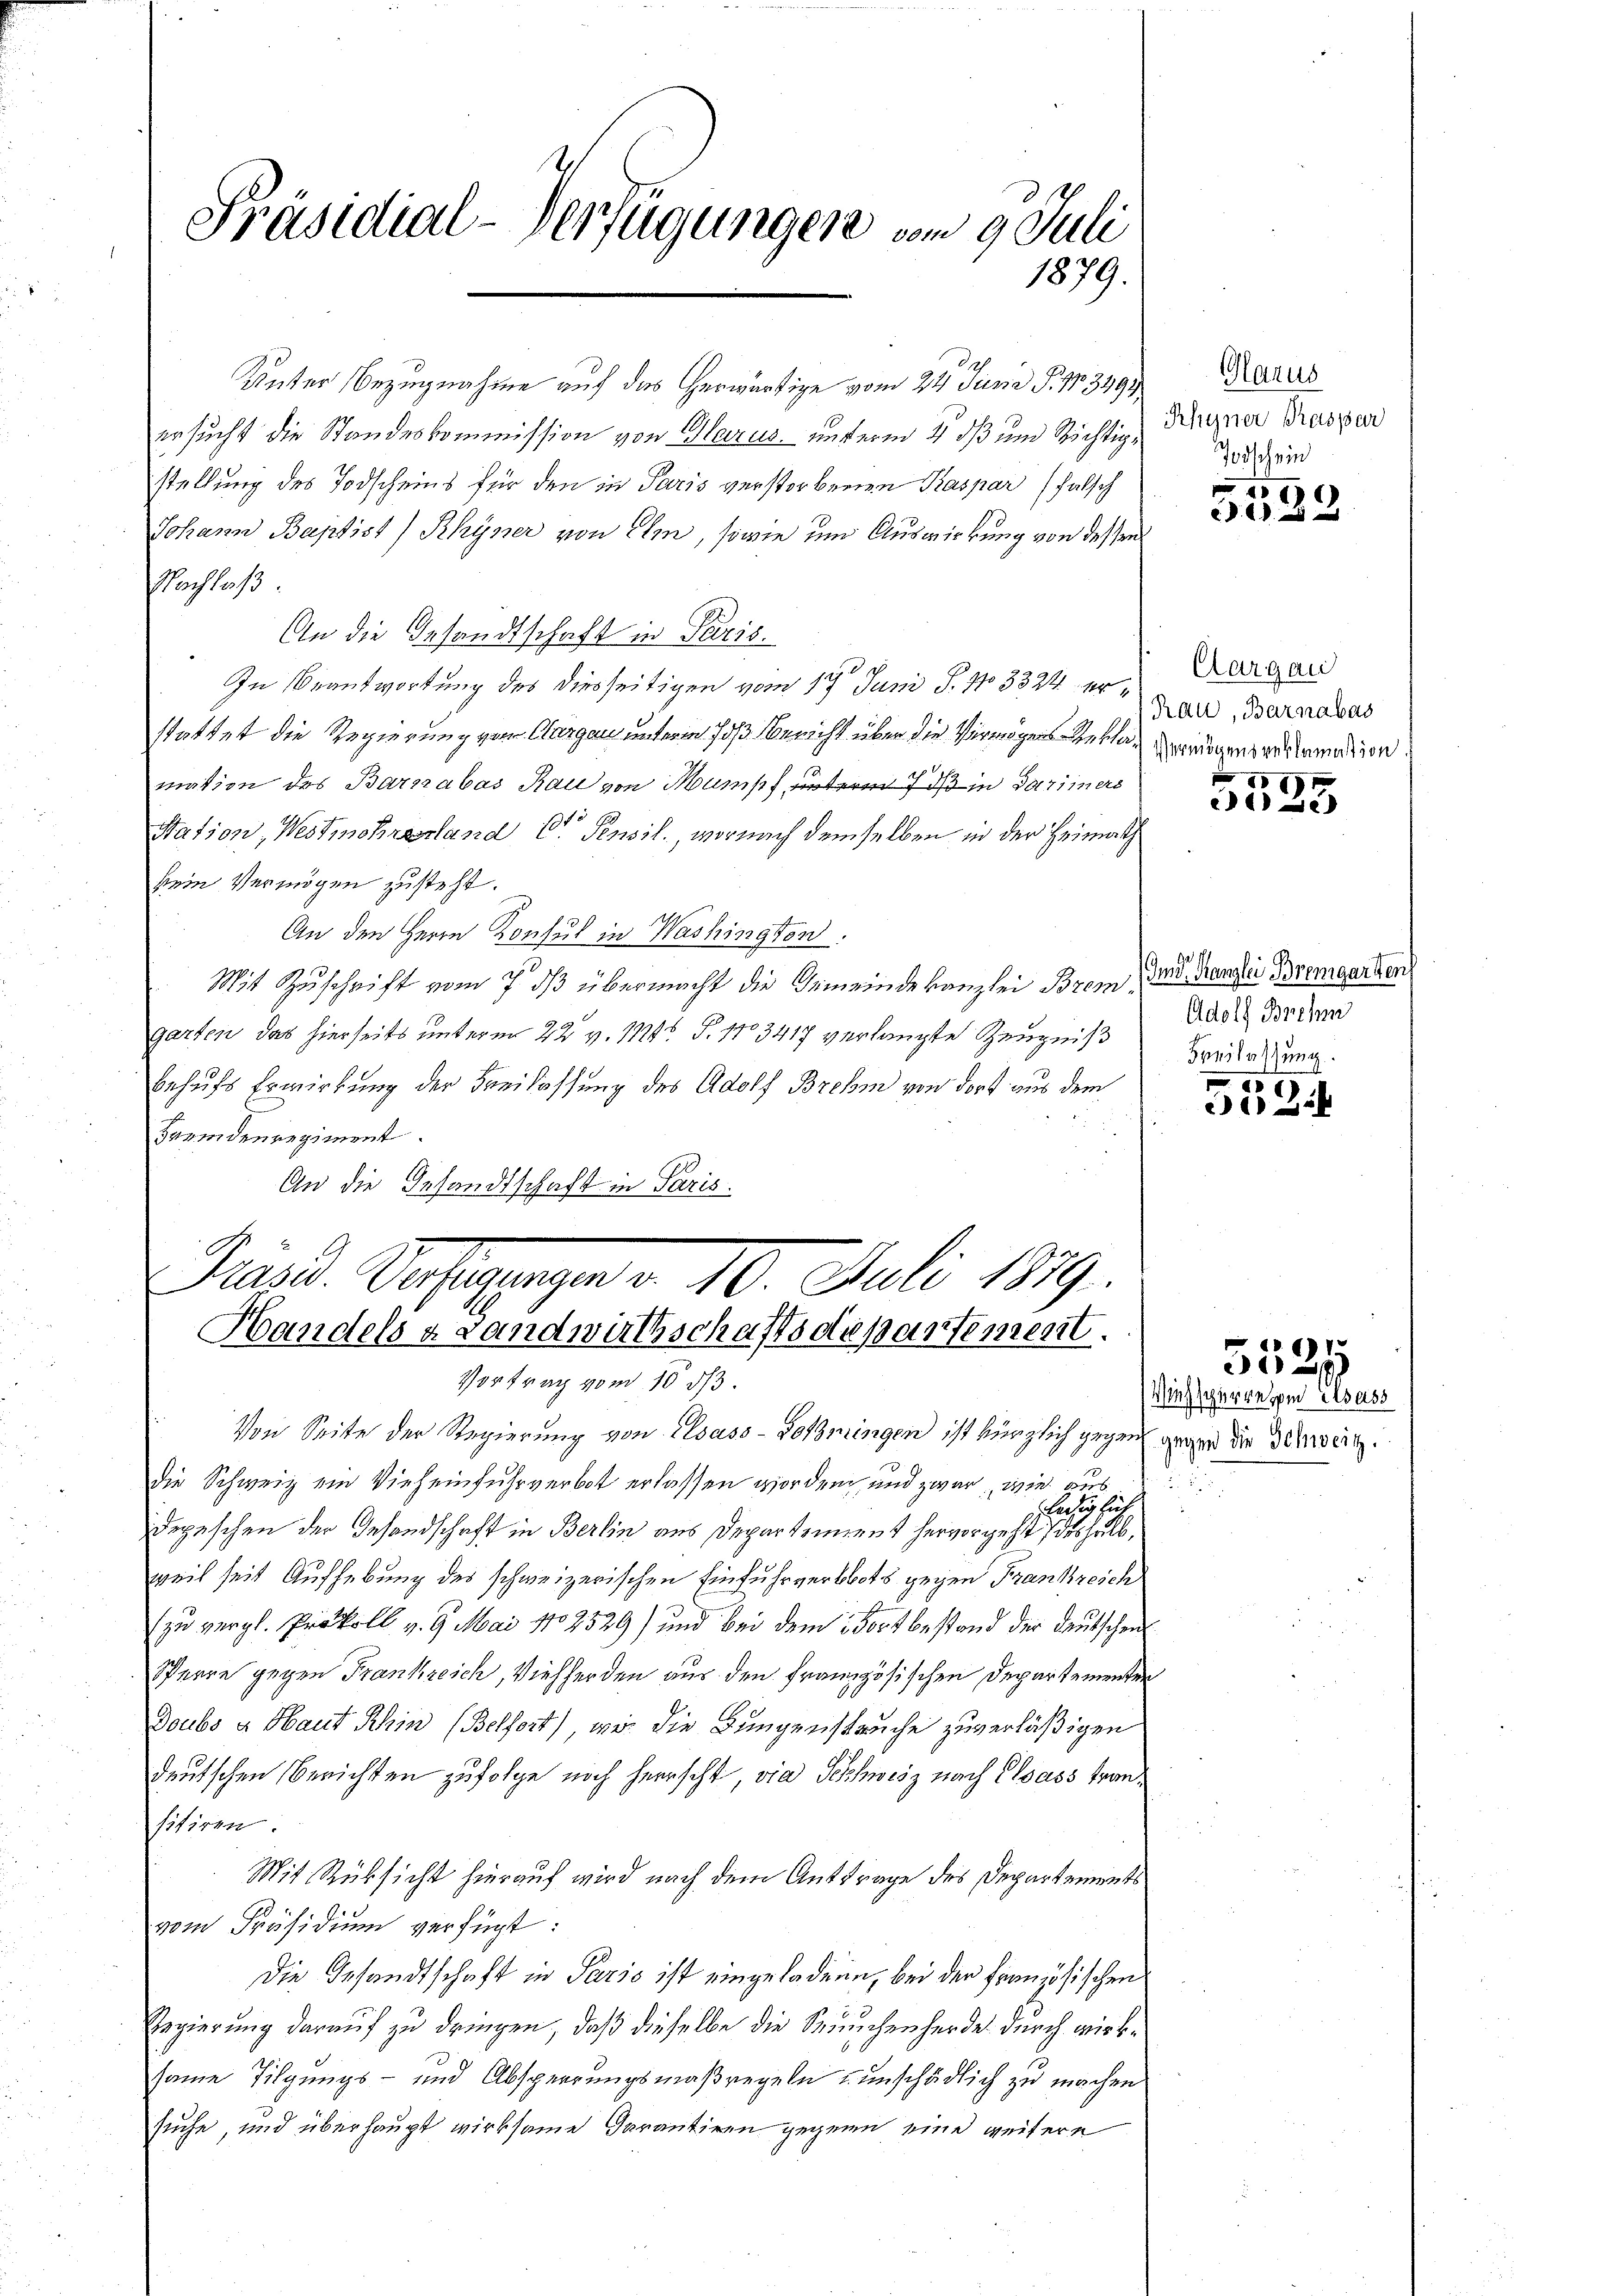
Präsidial-Verfügungen vom 9. Juli
1879.

ersucht die Standeskommission von Glarus unterm 4 dß und Richtige
stellung des Todscheins für den in Paris verstorbenen Kaspar (falsch
Johann Baptist) Rhyner von Ihm, sowie um Auswirkung von dessen
Nachlaß.
An die Gesandtschaft in Paris.
In Beantwortung des diesseitigen vom 17. Juni S. No 3324. erstattet die Regierung von Aargau unterm Fuß Bericht über die Vermögens Rekla-Zweigensvermation.
mation des Barkabas Rau von Mumisch unterm 7 dß in Parimers
Hation, Westmöhrverland Dr. Pensil., wornach demselben in der Heimath
kein Vermögen zusteht.
An den Herrn Konsul in Washington
Mit Zuschrift vom 7. dß übermacht die Gemeinde kanzlei Brem, das Kanzlei Bremgarten
garten das hierseits unterm 22. v. 114. §. 1103417 verlangte Zeugniß
behufs Erwirkung der Beilassung des Adolf Brehm von dort aus dem
Fremdenregiment.
An die Gesandtschaft in Paris.

Unter Bezugnahme auf das herwärtige vom 24. Junii P. Nr. 3492,

Gänd. Darlegungen a. 10. Juli 1889.
Handelsa Landwirthschaftsdepartement.

Vortrag vom 10. ds.
Von Seite der Regierung von Elsass-Holmingen ist kürzlich gegen gegen die Schweiz.
die Schweiz ein Vieheinfuhrverbot erlassen worden, und zwar, wie aus
depeschen der Gesandschaft in Berlin aus Departement hervorgeht deshalb,
weil seit Aufhebung des schweizerischen Einfuhrverbots gegen Frankreich
zu vergl. Prokoll v. 9. Mai No 2529) und bei dem Fortbestand der Deutschen
Sperre gegen Frankreich, Viehherden aus den französischen Departementen
Doubs a Haut Rhin (Belfort), wie die Bungenspruche zuverläßigen
deutschen Berichten zufolge noch herrscht, die Schweiz nach Elsass tranfitiren
Mit Rüksicht hierauf wird nach dem Antrage des Departements
vom Präsidium verfügt:
Die Gesandtschaft in Paris ist eingeladene, bei der Französischen
Regierung darauf zu dringen, daß dieselbe die Spruchenherde durch wirksame Tilgungs- und Absperrungsmaßregeln einschädlich zu machen
suche, und überhaupt wirksame Garantiren gegenn eine weitere

ächig sich

Glarus
Rhyner Prassser
Todschein

4
d

Aargau
Rau, Barnabas

5525

Adolf Brehm
Freilassung

.
2

Wiehsperre vom Elsass

1
1